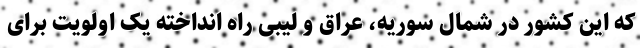
که این کشور در شمال سوریه، عراق و لیبی راه انداخته یک اولویت برای